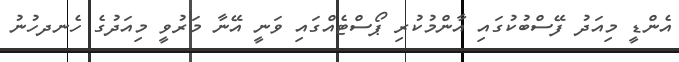
އެންޑީ މިއަދު ފޭސްބުކުގައި އާންމުކުރި ޕޯސްޓެއްގައި ވަނީ އޭނާ މަރުވީ މިއަދުގެ ހެނދހުނު